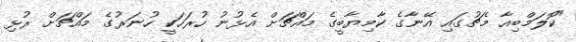
"ކޮލަމްބިއާ މެޗުގައި އޭނާގެ ކާމިޔާބީގެ މައްޗަށް އެޅުނު ހުރަހަކީ ހުނަރުގެ މައްޗަށް ރުޅި